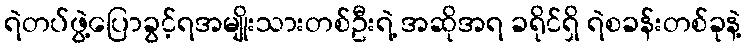
ရဲတပ်ဖွဲ့ပြောခွင့်ရအမျိုးသားတစ်ဦးရဲ့ အဆိုအရ ခရိုင်ရှိ ရဲစခန်းတစ်ခုနဲ့